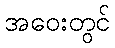
အဝေးတွင်